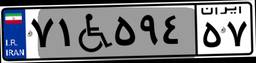
۷۱W۵۹۴۵۷